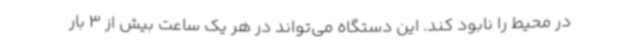
در محیط را نابود کند. این دستگاه می‌تواند در هر یک ساعت بیش از 3 بار